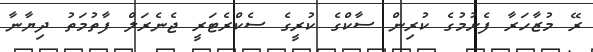
ރޭ މުޒާހަރާ ފެށުމުގެ ކުރިން ސާކްގެ ކުރީގެ ސެކްރެޓަރީ ޖެނެރަލް ފާތުމަތު ދިޔާނާ